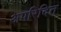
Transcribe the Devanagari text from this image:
अपरिदित